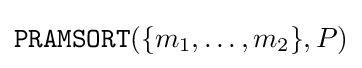
{\texttt {PRAMSORT}}(\lbrace m_{1},\dots ,m_{2}\rbrace ,P)